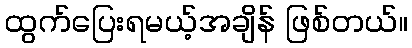
ထွက်ပြေးရမယ့်အချိန် ဖြစ်တယ်။